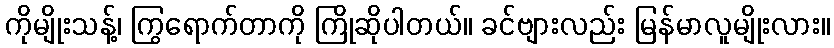
ကိုမျိုးသန့်၊ ကြွရောက်တာကို ကြိုဆိုပါတယ်။ ခင်ဗျားလည်း မြန်မာလူမျိုးလား။